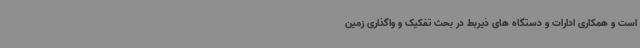
است و همکاری ادارات و دستگاه های ذیربط در بحث تفکیک و واگذاری زمین